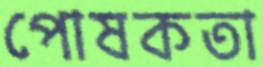
পোষকতা